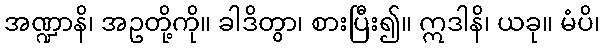
အဏ္ဍာနိ၊ အဥတို့ကို။ ခါဒိတွာ၊ စားပြီး၍။ ဣဒါနိ၊ ယခု။ မံပိ၊